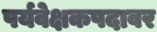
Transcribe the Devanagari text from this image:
पर्यवेक्षकपदावर